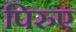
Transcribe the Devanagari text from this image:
पिरुए